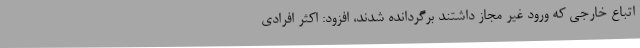
اتباع خارجی که ورود غیر مجاز داشتند برگردانده شدند، افزود: اکثر افرادی